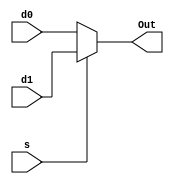
//////////////////////////////////////////////////////////////////////////////////
// Company: 
// Engineer: 
// 
// Design Name: 
// Module Name: mux
// Project Name: 
// Target Devices: 
// Tool Versions: 
// Description: 
// 
// Dependencies: 
// 
// Revision:
// Revision 0.01 - File Created
// Additional Comments:
// 
//////////////////////////////////////////////////////////////////////////////////
module mux2 #(parameter WIDTH = 8)
             (input  [WIDTH-1:0] d0, d1, 
              input              s, 
              output [WIDTH-1:0] Out);

  assign Out = s ? d1 : d0; 
endmodule

module mux3 #(parameter WIDTH = 8)
             (input  [WIDTH-1:0] d0, d1, d2,
              input  [1:0]       s, 
              output [WIDTH-1:0] Out);

  assign  Out = s[1] ? d2 : (s[0] ? d1 : d0); 
endmodule